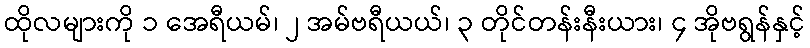
ထိုလများကို ၁ အေရီယမ်၊ ၂ အမ်ဗရီယယ်၊ ၃ တိုင်တန်းနီးယား၊ ၄ အိုဗရွန်နှင့်